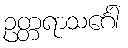
ဥတ္တရာသင်္ဂေါ